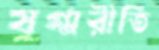
যুগ্মরীতি